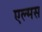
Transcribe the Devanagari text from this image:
एल्मस